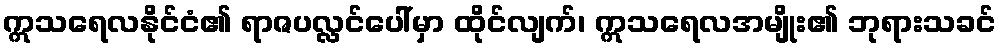
ဣသရေလနိုင်ငံ၏ ရာဇပလ္လင်ပေါ်မှာ ထိုင်လျက်၊ ဣသရေလအမျိုး၏ ဘုရားသခင်